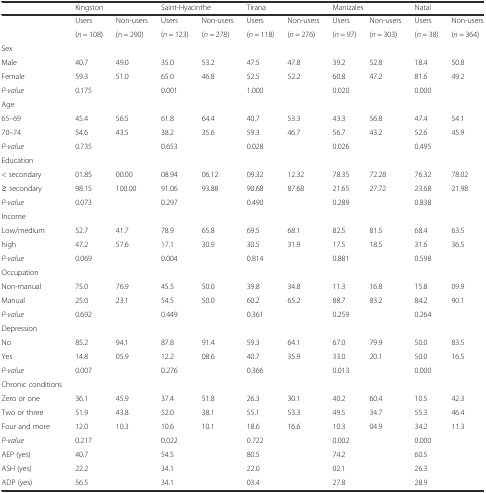
<table><thead><tr><td></td><td colspan="2"><b>Kingston</b></td><td colspan="2"><b>Saint-Hyacinthe</b></td><td colspan="2"><b>Tirana</b></td><td colspan="2"><b>Manizales</b></td><td colspan="2"><b>Natal</b></td></tr></thead><tbody><tr><td rowspan="2"></td><td>Users</td><td>Non-users</td><td>Users</td><td>Non-users</td><td>Users</td><td>Non-users</td><td>Users</td><td>Non-users</td><td>Users</td><td>Non-users</td></tr><tr><td>(<i>n</i> = 108)</td><td>(<i>n</i> = 290)</td><td>(<i>n</i> = 123)</td><td>(<i>n</i> = 278)</td><td>(<i>n</i> = 118)</td><td>(<i>n</i> = 276)</td><td>(<i>n</i> = 97)</td><td>(<i>n</i> = 303)</td><td>(<i>n</i> = 38)</td><td>(<i>n</i> = 364)</td></tr><tr><td>Sex</td><td></td><td></td><td></td><td></td><td></td><td></td><td></td><td></td><td></td><td></td></tr><tr><td>Male</td><td>40.7</td><td>49.0</td><td>35.0</td><td>53.2</td><td>47.5</td><td>47.8</td><td>39.2</td><td>52.8</td><td>18.4</td><td>50.8</td></tr><tr><td>Female</td><td>59.3</td><td>51.0</td><td>65.0</td><td>46.8</td><td>52.5</td><td>52.2</td><td>60.8</td><td>47.2</td><td>81.6</td><td>49.2</td></tr><tr><td><i>P-value</i></td><td colspan="2">0.175</td><td colspan="2">0.001</td><td colspan="2">1.000</td><td colspan="2">0.020</td><td colspan="2">0.000</td></tr><tr><td>Age</td><td></td><td></td><td></td><td></td><td></td><td></td><td></td><td></td><td></td><td></td></tr><tr><td>65–69</td><td>45.4</td><td>56.5</td><td>61.8</td><td>64.4</td><td>40.7</td><td>53.3</td><td>43.3</td><td>56.8</td><td>47.4</td><td>54.1</td></tr><tr><td>70–74</td><td>54.6</td><td>43.5</td><td>38.2</td><td>35.6</td><td>59.3</td><td>46.7</td><td>56.7</td><td>43.2</td><td>52.6</td><td>45.9</td></tr><tr><td><i>P-value</i></td><td colspan="2">0.735</td><td colspan="2">0.653</td><td colspan="2">0.028</td><td colspan="2">0.026</td><td colspan="2">0.495</td></tr><tr><td>Education</td><td></td><td></td><td></td><td></td><td></td><td></td><td></td><td></td><td></td><td></td></tr><tr><td>&lt; secondary</td><td>01.85</td><td>00.00</td><td>08.94</td><td>06.12</td><td>09.32</td><td>12.32</td><td>78.35</td><td>72.28</td><td>76.32</td><td>78.02</td></tr><tr><td>≥ secondary</td><td>98.15</td><td>100.00</td><td>91.06</td><td>93.88</td><td>90.68</td><td>87.68</td><td>21.65</td><td>27.72</td><td>23.68</td><td>21.98</td></tr><tr><td><i>P-value</i></td><td colspan="2">0.073</td><td colspan="2">0.297</td><td colspan="2">0.490</td><td colspan="2">0.289</td><td colspan="2">0.838</td></tr><tr><td>Income</td><td></td><td></td><td></td><td></td><td></td><td></td><td></td><td></td><td></td><td></td></tr><tr><td>Low/medium</td><td>52.7</td><td>41.7</td><td>78.9</td><td>65.8</td><td>69.5</td><td>68.1</td><td>82.5</td><td>81.5</td><td>68.4</td><td>63.5</td></tr><tr><td>high</td><td>47.2</td><td>57.6</td><td>17.1</td><td>30.9</td><td>30.5</td><td>31.9</td><td>17.5</td><td>18.5</td><td>31.6</td><td>36.5</td></tr><tr><td><i>P-value</i></td><td colspan="2">0.069</td><td colspan="2">0.004</td><td colspan="2">0.814</td><td colspan="2">0.881</td><td colspan="2">0.598</td></tr><tr><td>Occupation</td><td></td><td></td><td></td><td></td><td></td><td></td><td></td><td></td><td></td><td></td></tr><tr><td>Non-manual</td><td>75.0</td><td>76.9</td><td>45.5</td><td>50.0</td><td>39.8</td><td>34.8</td><td>11.3</td><td>16.8</td><td>15.8</td><td>09.9</td></tr><tr><td>Manual</td><td>25.0</td><td>23.1</td><td>54.5</td><td>50.0</td><td>60.2</td><td>65.2</td><td>88.7</td><td>83.2</td><td>84.2</td><td>90.1</td></tr><tr><td><i>P-value</i></td><td colspan="2">0.692</td><td colspan="2">0.449</td><td colspan="2">0.361</td><td colspan="2">0.259</td><td colspan="2">0.264</td></tr><tr><td>Depression</td><td></td><td></td><td></td><td></td><td></td><td></td><td></td><td></td><td></td><td></td></tr><tr><td>No</td><td>85.2</td><td>94.1</td><td>87.8</td><td>91.4</td><td>59.3</td><td>64.1</td><td>67.0</td><td>79.9</td><td>50.0</td><td>83.5</td></tr><tr><td>Yes</td><td>14.8</td><td>05.9</td><td>12.2</td><td>08.6</td><td>40.7</td><td>35.9</td><td>33.0</td><td>20.1</td><td>50.0</td><td>16.5</td></tr><tr><td><i>P-value</i></td><td colspan="2">0.007</td><td colspan="2">0.276</td><td colspan="2">0.366</td><td colspan="2">0.013</td><td colspan="2">0.000</td></tr><tr><td>Chronic conditions</td><td></td><td></td><td></td><td></td><td></td><td></td><td></td><td></td><td></td><td></td></tr><tr><td>Zero or one</td><td>36.1</td><td>45.9</td><td>37.4</td><td>51.8</td><td>26.3</td><td>30.1</td><td>40.2</td><td>60.4</td><td>10.5</td><td>42.3</td></tr><tr><td>Two or three</td><td>51.9</td><td>43.8</td><td>52.0</td><td>38.1</td><td>55.1</td><td>53.3</td><td>49.5</td><td>34.7</td><td>55.3</td><td>46.4</td></tr><tr><td>Four and more</td><td>12.0</td><td>10.3</td><td>10.6</td><td>10.1</td><td>18.6</td><td>16.6</td><td>10.3</td><td>04.9</td><td>34.2</td><td>11.3</td></tr><tr><td><i>P-value</i></td><td colspan="2">0.217</td><td colspan="2">0.022</td><td colspan="2">0.722</td><td colspan="2">0.002</td><td colspan="2">0.000</td></tr><tr><td>AEP (yes)</td><td>40.7</td><td></td><td>54.5</td><td></td><td>80.5</td><td></td><td>74.2</td><td></td><td>60.5</td><td></td></tr><tr><td>ASH (yes)</td><td>22.2</td><td></td><td>34.1</td><td></td><td>22.0</td><td></td><td>02.1</td><td></td><td>26.3</td><td></td></tr><tr><td>ADP (yes)</td><td>56.5</td><td></td><td>34.1</td><td></td><td>03.4</td><td></td><td>27.8</td><td></td><td>28.9</td><td></td></tr></tbody></table>